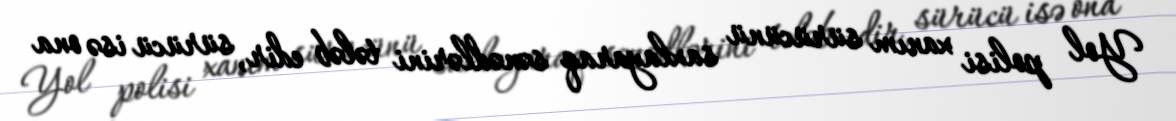
Yol polisi xanım sürücünü saxlayaraq sənədlərini tələb edir, sürücü isə ona